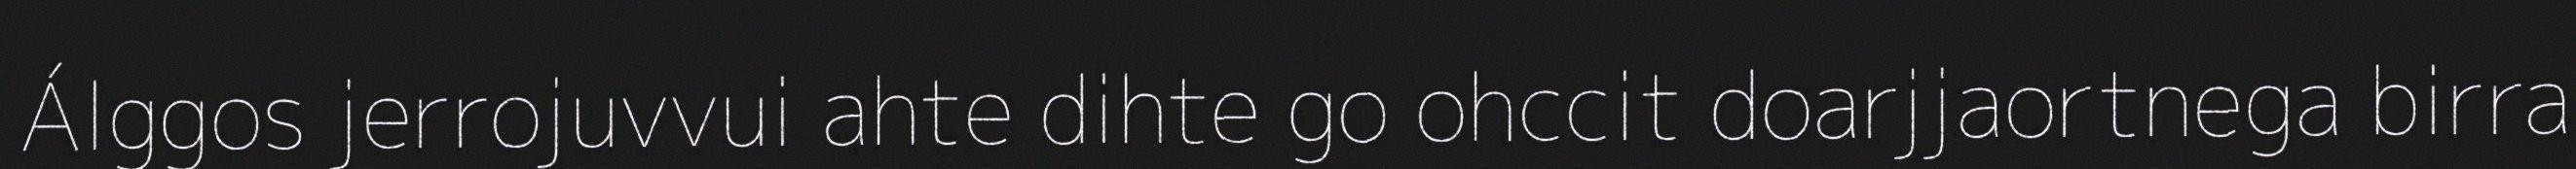
Álggos jerrojuvvui ahte dihte go ohccit doarjjaortnega birra